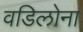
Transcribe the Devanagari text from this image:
वडिलोना